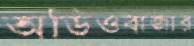
অডিওবাজার